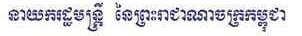
នាយករដ្ឋមន្រី្ត​ នៃព្រះរាជាណាចក្រកម្ពុជា